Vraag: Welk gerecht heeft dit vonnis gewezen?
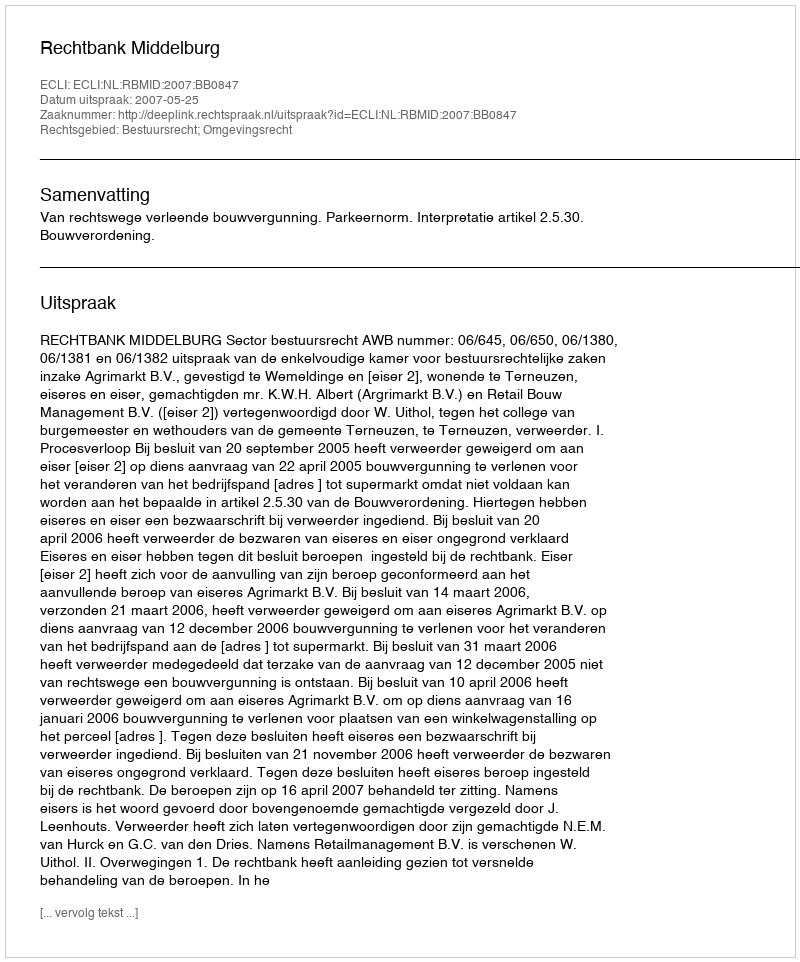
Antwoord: Rechtbank Middelburg